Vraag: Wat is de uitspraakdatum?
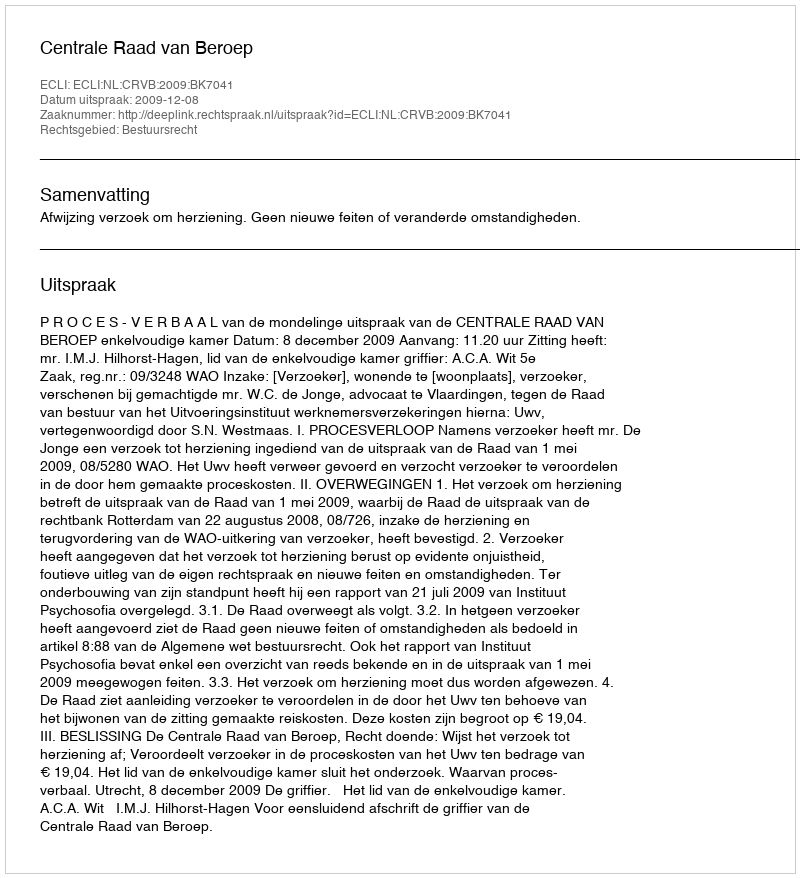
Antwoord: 2009-12-08